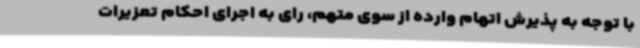
با توجه به پذیرش اتهام وارده از سوی متهم، رای به اجرای احکام تعزیرات